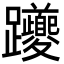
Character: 躨